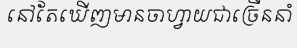
នៅតែឃើញមានចាហ្វាយជាច្រើននាំ